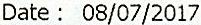
DATE : 08/07/2017